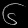
Digit: ၆